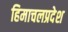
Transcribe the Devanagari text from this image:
हिमाचलप्रदेश